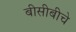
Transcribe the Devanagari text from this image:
बीसीबीचे